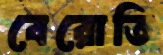
বেরোতি